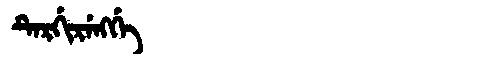
Manchu: ᡨᡝᡵᡤᡳᡵᡝᠩᡤᡝ
Romanization: TERGIRENGGE